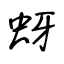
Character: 蚜